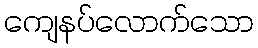
ကျေနပ်လောက်သော